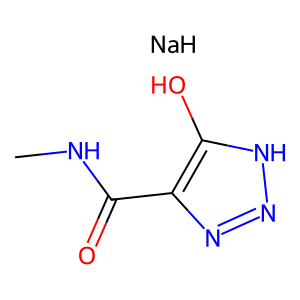
SMILES: CNC(=O)c1nn[nH]c1O.[NaH]
Inhibits HIV replication: No